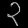
Digit: ၃